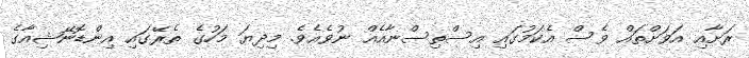
ރަށާއި އަވަށްތައް ވެސް އެކަމުގައި އިސްތިސްނާއެއް ނުވެއެވެ. މިދިޔަ މަހުގެ ތެރޭގައި އިންޑޮނޭޝިއާގެ